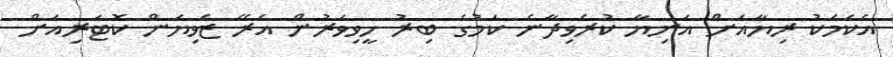
އެކަމަކު ރިޔާއަށް އަނިޔާ ކުރެވިދާނެ ކަމުގެ ބިރު ހީވިވަރުން އެރޭ ޒެވިޔަން ކޮޓަރިއަށް